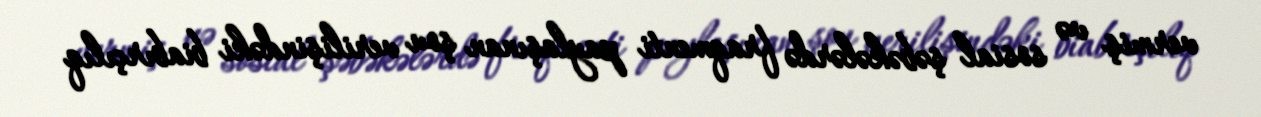
vermiş və sosial şəbəkələrdə fraqmenti paylaşınan şou verilişindəki biabırçılıq